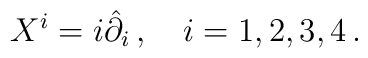
X^{i}=i\hat{\partial}_{i}\,,~~~i=1,2,3,4\,.